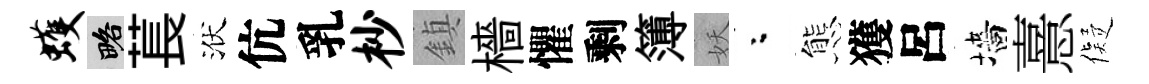
蠖略萇洑伉乳杪鎮檣懼剩簿妖粉態獲呂墻憙儗